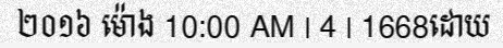
២០១៦ ម៉ោង 10:00 AM | 4 | 1668ដោយ